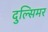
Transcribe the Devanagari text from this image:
दुल्सिमर